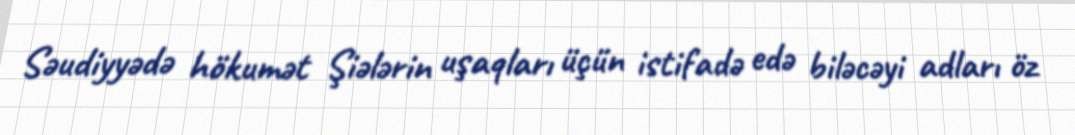
Səudiyyədə hökumət Şiələrin uşaqları üçün istifadə edə biləcəyi adları öz